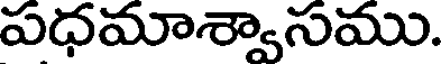
పధమాశ్వాసము.